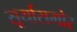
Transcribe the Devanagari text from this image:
सूर्यासमोर